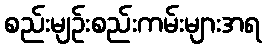
စည်းမျဉ်းစည်းကမ်းများအရ